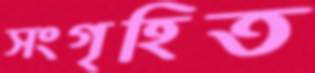
সংগৃহিত